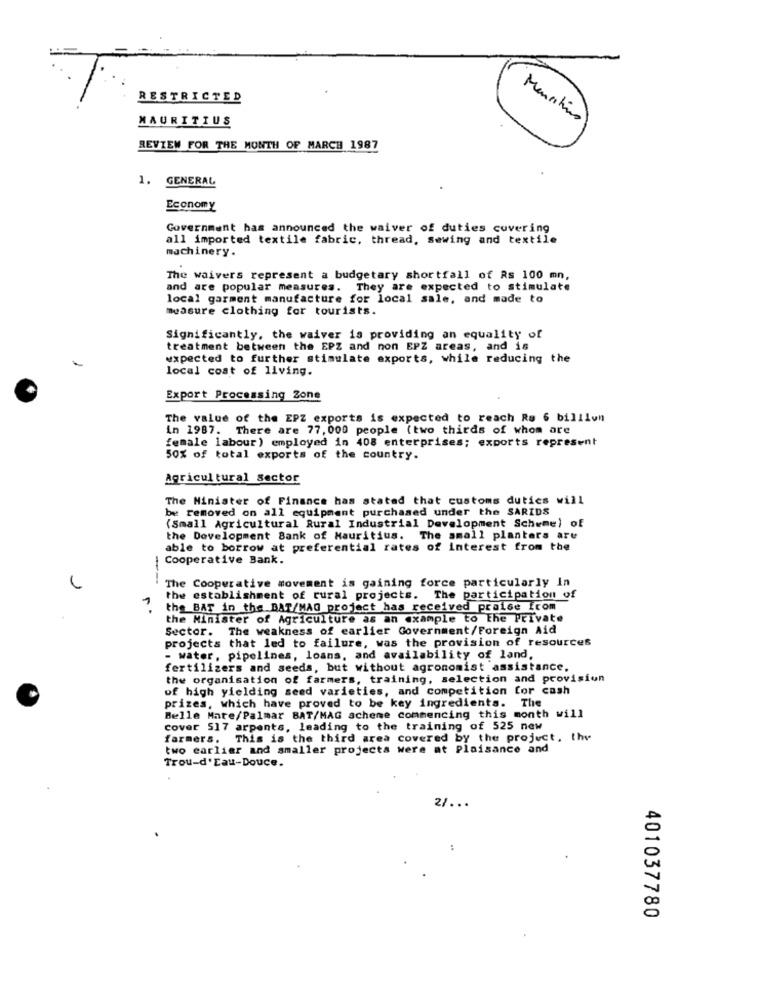
RESTRICTED
MAURITIUS
Menstino
REVIEW FOR THE MONTH OF MARCH 1987
1. GENERAL
Economy
Government has announced the waiver of duties covering
all imported textile fabric, thread, Sewing and textile
machinery.
The waivers represent a budgetary shortfall of Rs 100 mn,
and are popular measures.
They are expected to stimulate
local garment manufacture for local sale, and made to
measure clothing for tourists.
Significantly, the waiver is providing an equality of
treatment between the EPZ and non EPZ areas, and is
expected to further stimulate exports, while reducing the
local cost of living.
Export Processing Zone
The value of the EPZ exports is expected to reach Ra 6 billion
in 1987. There are 77, 000 people (two thirds of whom are
female labour) employed in 408 enterprises; exports represent
50% of total exports of the country.
Agricultural Sector
The Minister of Finance has stated that customs duties will
be removed on all equipment purchased under the SARIDS
(Small Agricultural Rural Industrial Development Scheme) of
the Development Bank of Mauritius. The small planters are
able to borrow at preferential rates of interest from the
Cooperative Bank.
The Cooperative movement is gaining force particularly In
the establishment of rural projects. The participation of
1
the BAT in the BAT/MAG project has received praise icom
the Minister of Agriculture as an example to The Private
Sector. The weakness of earlier Government/Foreign Aid
projects that led to failure, was the provision of resources
- water, pipelines, loans, and availability of land.
fertilizers and seeds, but without agronomist assistance.
the organisation of farmers, training, selection and provision
of high yielding seed varieties, and competition for cash
prizes, which have proved to be key ingredients. The
Belle Mare/Palmar BAT/MAG scheme commencing this month will
cover 517 arpents, leading to the training of 525 new
farmers. This is the third area covered by the project, the
two earlier and smaller projects were at Plaisance and
Trou-d'Eau-Douce.
2/ ...
.
401037780